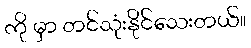
ကို မှာ တင်သုံးနိုင်သေးတယ်။